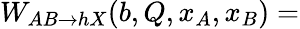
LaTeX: W_{AB\rightarrow hX}(b,Q,x_{A},x_{B})=